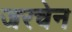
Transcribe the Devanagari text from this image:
जरचेन